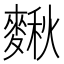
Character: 𪍗